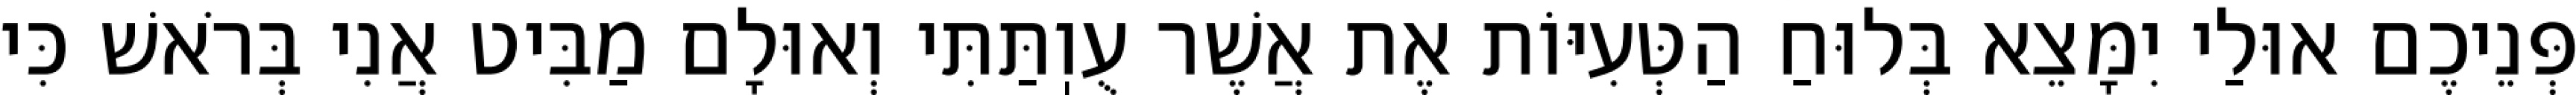
פְּנֵיכֶם אוּלַי יִמָּצֵא בְּלוּחַ הַטְּעִיּוֹת אֶת אֲשֶׁר עֻוֽתַּתִּי וְאוּלָם מַבִּיט אֲנִי בְּרֹאשׁ כִּי